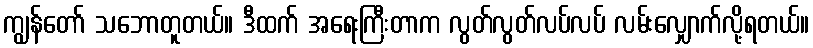
ကျွန်တော် သဘောတူတယ်။ ဒီထက် အရေးကြီးတာက လွတ်လွတ်လပ်လပ် လမ်းလျှောက်လို့ရတယ်။